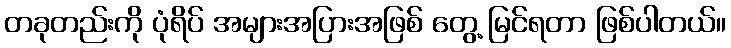
တခုတည်းကို ပုံရိပ် အများအပြားအဖြစ် တွေ့ မြင်ရတာ ဖြစ်ပါတယ်။